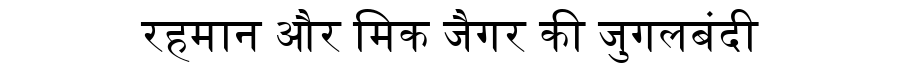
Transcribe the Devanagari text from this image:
रहमान और मिक जैगर की जुगलबंदी